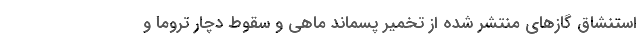
استنشاق گازهای منتشر شده از تخمیر پسماند ماهی و سقوط دچار تروما و